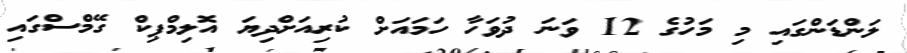
ލަންޑަންގައި މި މަހުގެ 12 ވަނަ ދުވަހާ ހަމައަށް ކުރިއަށްދިޔަ އޮލިމްޕިކް ގޭމްސްގައި